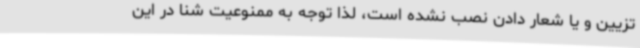
تزیین و یا شعار دادن نصب نشده است، لذا توجه به ممنوعیت شنا در این